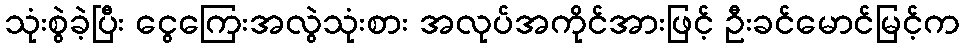
သုံးစွဲခဲ့ပြီး ငွေကြေးအလွဲသုံးစား အလုပ်အကိုင်အားဖြင့် ဦးခင်မောင်မြင့်က